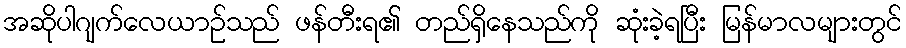
အဆိုပါဂျက်လေယာဉ်သည် ဖန်တီးရ၏ တည်ရှိနေသည်ကို ဆုံးခဲ့ရပြီး မြန်မာလများတွင်